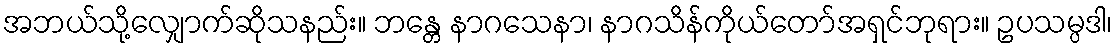
အဘယ်သို့လျှောက်ဆိုသနည်း။ ဘန္တေ နာဂသေနာ၊ နာဂသိန်ကိုယ်တော်အရှင်ဘုရား။ ဥပသမ္ပဒါ၊